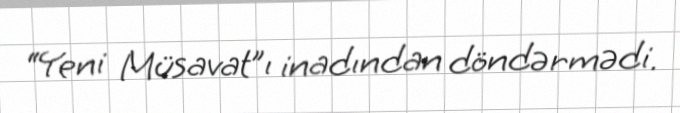
“Yeni Müsavat”ı inadından döndərmədi.